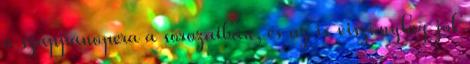
a szappanopera a sorozatban, és az is viszonylag jól